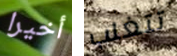
أخيرا تتغلب